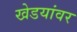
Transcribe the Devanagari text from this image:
खेडयांवर